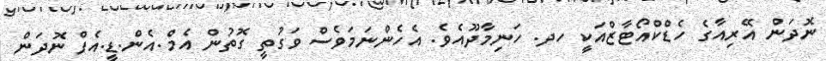
ނޮދަން އޭރިއާގެ ހެޑްކްއޯޓާޒްއަކީ ހދ. ހަނިމާދޫއެވެ. އެހެންނަމަވެސް ވަގުތީ ގޮތުން އެމް.އެން.ޑީ.އެފް ނޮދަން